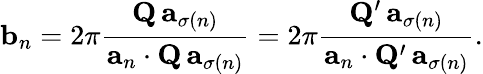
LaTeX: \mathbf{b}_{n}=2\pi{\frac{\mathbf{Q}\, \mathbf{a}_{\sigma(n)}}{\mathbf{a}_{n}\cdot\mathbf{Q}\, \mathbf{a}_{\sigma(n)}}}=2\pi{\frac{\mathbf{Q}^{\prime}\, \mathbf{a}_{\sigma(n)}}{\mathbf{a}_{n}\cdot\mathbf{Q}^{\prime}\, \mathbf{a}_{\sigma(n)}}}.